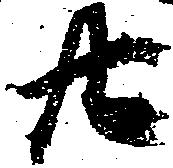
廿